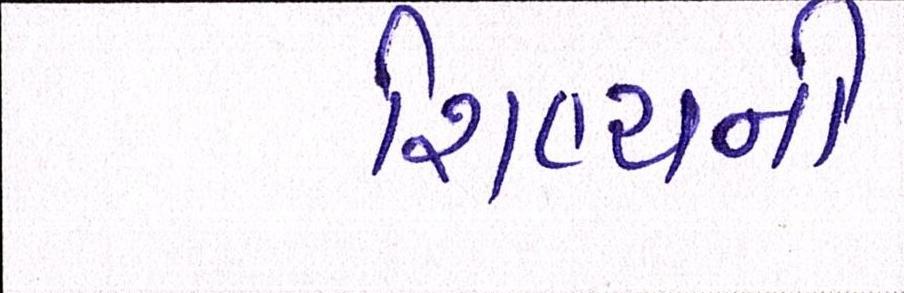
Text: શિષ્યની